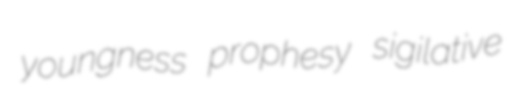
youngness prophesy sigilative